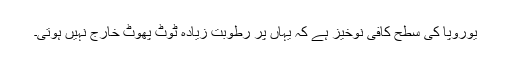
یوروپا کی سطح کافی نوخیز ہے کہ یہاں پر رطوبت زیادہ ٹوٹ پھوٹ خارج نہیں ہوتی۔